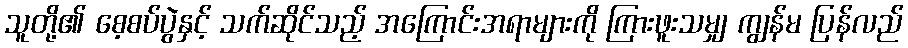
သူတို့၏ စေ့စပ်ပွဲနှင့် သက်ဆိုင်သည့် အကြောင်းအရာများကို ကြားဖူးသမျှ ကျွန်မ ပြန်လည်